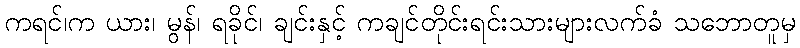
ကရင်၊က ယား၊ မွန်၊ ရခိုင်၊ ချင်းနှင့် ကချင်တိုင်းရင်းသားများလက်ခံ သဘောတူမှ